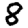
Digit: 8